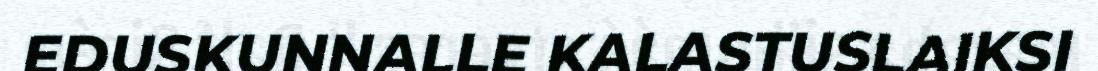
EDUSKUNNALLE KALASTUSLAIKSI